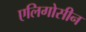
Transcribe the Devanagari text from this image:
एलिगोसीन